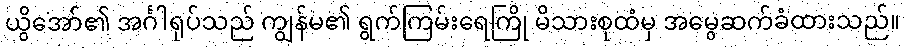
ယွိအော်၏ အင်္ဂါရုပ်သည် ကျွန်မ၏ ရွက်ကြမ်းရေကြို မိသားစုထံမှ အမွေဆက်ခံထားသည်။